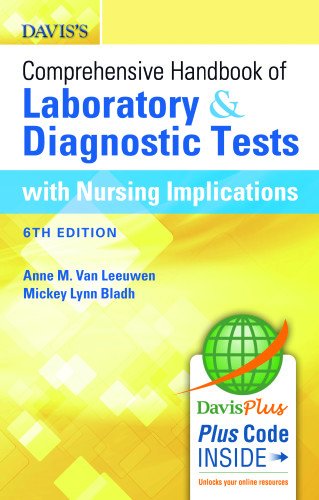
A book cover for Davis's Comprehensive Handbook of Laboratory and Diagnostic Tests With Nursing Implications (Davis's Comprehensive Handbook of Laboratory & Diagnostic Tests With Nursing Implications); Anne M. Van Leeuwen MA  BS  MT (ASCP); Medical Books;